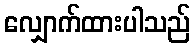
လျှောက်ထားပါသည်